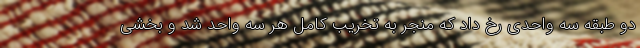
دو طبقه سه واحدی رخ داد که منجر به تخریب کامل هر سه واحد شد و بخشی